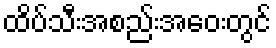
ထိပ်သီးအစည်းအဝေးတွင်